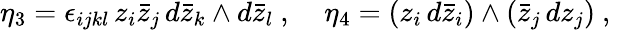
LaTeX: \eta_{3}=\epsilon_{ijkl}\, z_{i}\bar{z}_{j}\, d\bar{z}_{k}\wedge d\bar{z}_{l}\ ,\; \; \; \; \eta_{4}=(z_{i}\, d\bar{z}_{i})\wedge(\bar{z}_{j}\, dz_{j})\ ,\; \; \; \;